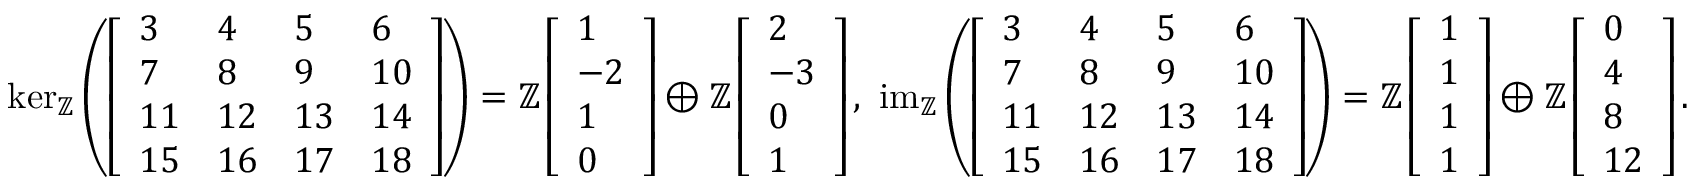
\begin{array} { r } { \ker _ { \mathbb { Z } } \left( \left[ \begin{array} { l l l l } { 3 } & { 4 } & { 5 } & { 6 } \\ { 7 } & { 8 } & { 9 } & { 1 0 } \\ { 1 1 } & { 1 2 } & { 1 3 } & { 1 4 } \\ { 1 5 } & { 1 6 } & { 1 7 } & { 1 8 } \end{array} \right] \right) = \mathbb { Z } \left[ \begin{array} { l } { 1 } \\ { - 2 } \\ { 1 } \\ { 0 } \end{array} \right] \oplus \mathbb { Z } \left[ \begin{array} { l } { 2 } \\ { - 3 } \\ { 0 } \\ { 1 } \end{array} \right] , \ \operatorname { i m } _ { \mathbb { Z } } \left( \left[ \begin{array} { l l l l } { 3 } & { 4 } & { 5 } & { 6 } \\ { 7 } & { 8 } & { 9 } & { 1 0 } \\ { 1 1 } & { 1 2 } & { 1 3 } & { 1 4 } \\ { 1 5 } & { 1 6 } & { 1 7 } & { 1 8 } \end{array} \right] \right) = \mathbb { Z } \left[ \begin{array} { l } { 1 } \\ { 1 } \\ { 1 } \\ { 1 } \end{array} \right] \oplus \mathbb { Z } \left[ \begin{array} { l } { 0 } \\ { 4 } \\ { 8 } \\ { 1 2 } \end{array} \right] . } \end{array}